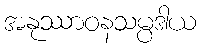
အနုဿာဝနသမ္ပဒါယ